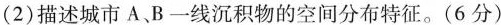
(2)描述城市A、B一线沉积物的空间分布特征。(6分)